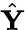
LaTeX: \hat{\mathbf Y}